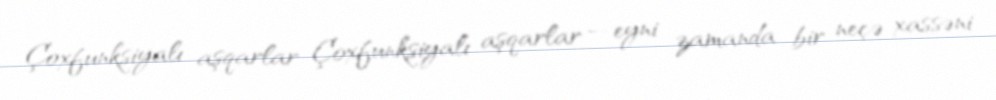
Çoxfunksiyalı aşqarlar Çoxfunksiyalı aşqarlar — eyni zamanda bir neçə xassəni